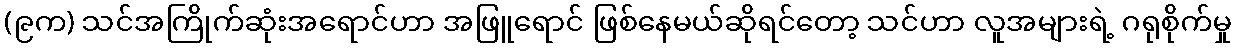
(၉က) သင်အကြိုက်ဆုံးအရောင်ဟာ အဖြူရောင် ဖြစ်နေမယ်ဆိုရင်တော့ သင်ဟာ လူအများရဲ့ ဂရုစိုက်မှု